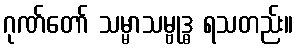
ဂုဏ်တော် သမ္မာသမ္ဗုဒ္ဓ ရသတည်း။